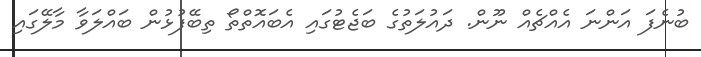
ބުނެފަ އަންނަ އެއްޗެއް ނޫން. ދައުލަތުގެ ބަޖެޓުގައި އެބައޮތްތޯ ތިބޭފުޅުން ބައްލަވާ މާލޭގައި